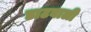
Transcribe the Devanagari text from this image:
डाटवाली